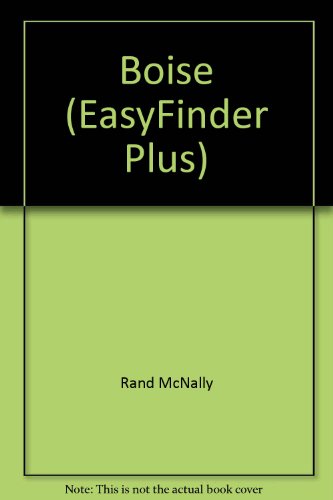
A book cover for Rand McNally Boise Id Easyfinder Plus Map; Rand McNally and Company; Travel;